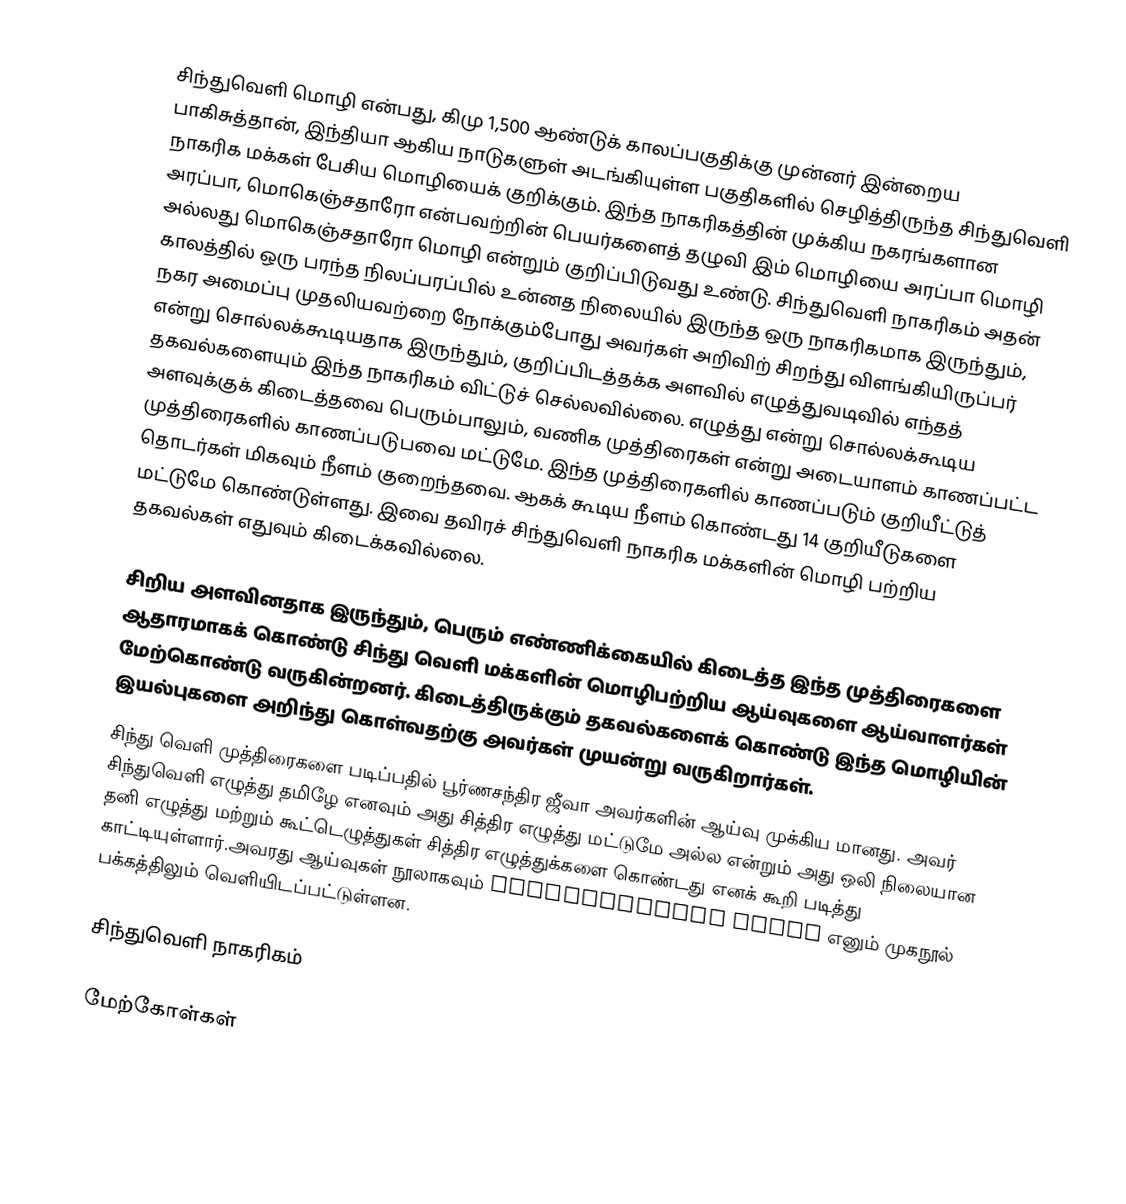
சிந்துவெளி மொழி என்பது, கிமு 1,500 ஆண்டுக் காலப்பகுதிக்கு முன்னர் இன்றைய பாகிசுத்தான், இந்தியா ஆகிய நாடுகளுள் அடங்கியுள்ள பகுதிகளில் செழித்திருந்த சிந்துவெளி நாகரிக மக்கள் பேசிய மொழியைக் குறிக்கும். இந்த நாகரிகத்தின் முக்கிய நகரங்களான அரப்பா, மொகெஞ்சதாரோ என்பவற்றின் பெயர்களைத் தழுவி இம் மொழியை அரப்பா மொழி அல்லது மொகெஞ்சதாரோ மொழி என்றும் குறிப்பிடுவது உண்டு. சிந்துவெளி நாகரிகம் அதன் காலத்தில் ஒரு பரந்த நிலப்பரப்பில் உன்னத நிலையில் இருந்த ஒரு நாகரிகமாக இருந்தும், நகர அமைப்பு முதலியவற்றை நோக்கும்போது அவர்கள் அறிவிற் சிறந்து விளங்கியிருப்பர் என்று சொல்லக்கூடியதாக இருந்தும், குறிப்பிடத்தக்க அளவில் எழுத்துவடிவில் எந்தத் தகவல்களையும் இந்த நாகரிகம் விட்டுச் செல்லவில்லை. எழுத்து என்று சொல்லக்கூடிய அளவுக்குக் கிடைத்தவை பெரும்பாலும், வணிக முத்திரைகள் என்று அடையாளம் காணப்பட்ட முத்திரைகளில் காணப்படுபவை மட்டுமே. இந்த முத்திரைகளில் காணப்படும் குறியீட்டுத் தொடர்கள் மிகவும் நீளம் குறைந்தவை. ஆகக் கூடிய நீளம் கொண்டது 14 குறியீடுகளை மட்டுமே கொண்டுள்ளது. இவை தவிரச் சிந்துவெளி நாகரிக மக்களின் மொழி பற்றிய தகவல்கள் எதுவும் கிடைக்கவில்லை.

சிறிய அளவினதாக இருந்தும், பெரும் எண்ணிக்கையில் கிடைத்த இந்த முத்திரைகளை ஆதாரமாகக் கொண்டு சிந்து வெளி மக்களின் மொழிபற்றிய ஆய்வுகளை ஆய்வாளர்கள் மேற்கொண்டு வருகின்றனர். கிடைத்திருக்கும் தகவல்களைக் கொண்டு இந்த மொழியின் இயல்புகளை அறிந்து கொள்வதற்கு அவர்கள் முயன்று வருகிறார்கள்.
சிந்து வெளி முத்திரைகளை  படிப்பதில் பூர்ணசந்திர ஜீவா அவர்களின் ஆய்வு முக்கிய மானது. அவர் சிந்துவெளி எழுத்து தமிழே எனவும் அது சித்திர எழுத்து மட்டுமே அல்ல என்றும் அது ஒலி நிலையான தனி எழுத்து மற்றும் கூட்டெழுத்துகள் சித்திர எழுத்துக்களை கொண்டது எனக் கூறி படித்து காட்டியுள்ளார்.அவரது ஆய்வுகள் நூலாகவும் Poornachandra jeeva எனும் முகநூல் பக்கத்திலும் வெளியிடப்பட்டுள்ளன.

சிந்துவெளி நாகரிகம்

மேற்கோள்கள்